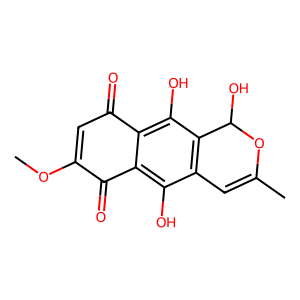
SMILES: COC1=CC(=O)c2c(O)c3c(c(O)c2C1=O)C=C(C)OC3O
Inhibits HIV replication: No